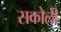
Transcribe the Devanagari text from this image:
सकोली